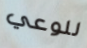
للوعي